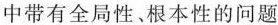
中带有全局性。根本性的问题